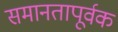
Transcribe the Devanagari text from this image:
समानतापूर्वक